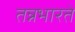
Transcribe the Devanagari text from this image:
तन्नभारते